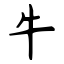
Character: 牛